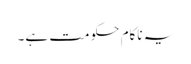
یہ ناکام حکومت ہے۔